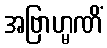
အဗြာဟ္မဏိံ